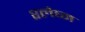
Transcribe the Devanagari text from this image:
श्‍लेष्‍म